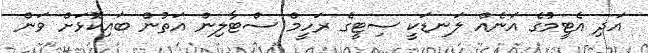
އަދި އެޓީމުގެ އަނެއް ލަނޑަކީ ސިޓީގެ ރަހީމް ސްޓާލިން އަތުން ބައިކޮޅަށް ވަން